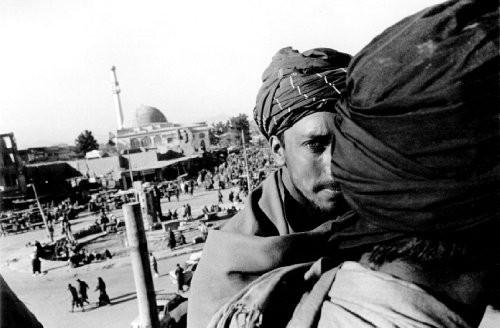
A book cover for Afghanistan Diary: 1992-2000; Travel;